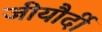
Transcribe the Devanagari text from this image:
जीयौर्दी